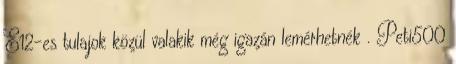
E12-es tulajok közül valakik még igazán lemérhetnék . Peti500